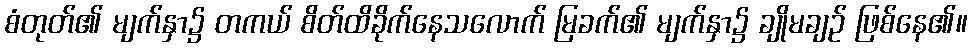
စံတုတ်၏ မျက်နှာ၌ တကယ် စိတ်ထိခိုက်နေသလောက် မြခက်၏ မျက်နှာ၌ ချိုမချဉ် ဖြစ်နေ၏။